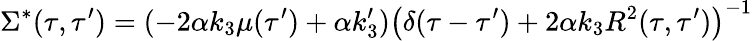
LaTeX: \Sigma^{*}(\tau,\tau^{\prime})=(-2\alpha k_{3}\mu(\tau^{\prime})+\alpha k_{3}^{\prime})\left(\delta(\tau-\tau^{\prime})+2\alpha k_{3}R^{2}(\tau,\tau^{\prime})\right)^{-1}